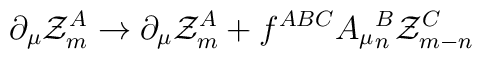
\partial_\mu {\cal Z}^A_m \to \partial_\mu {\cal Z}^A_m + f^{ABC}A_\mu{}^B_n {\cal Z}^C_{m-n}